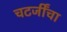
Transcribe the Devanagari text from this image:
चटर्जींचा